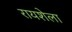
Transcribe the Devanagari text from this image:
रायशेला